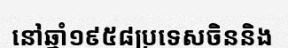
នៅឆ្នាំ១៩៥៨ប្រទេសចិននិង